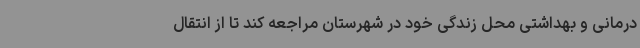
درمانی و بهداشتی محل زندگی خود در شهرستان مراجعه کند تا از انتقال